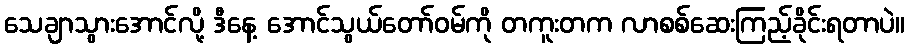
သေချာသွားအောင်လို့ ဒီနေ့ အောင်သွယ်တော်ဝမ်ကို တကူးတက လာစစ်ဆေးကြည့်ခိုင်းရတာပဲ။